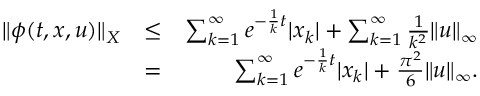
\begin{array} { r l r } { \| \phi ( t , x , u ) \| _ { X } } & { \leq } & { \sum _ { k = 1 } ^ { \infty } e ^ { - \frac { 1 } { k } t } | x _ { k } | + \sum _ { k = 1 } ^ { \infty } \frac { 1 } { k ^ { 2 } } \| u \| _ { \infty } } \\ & { = } & { \sum _ { k = 1 } ^ { \infty } e ^ { - \frac { 1 } { k } t } | x _ { k } | + \frac { \pi ^ { 2 } } { 6 } \| u \| _ { \infty } . } \end{array}